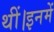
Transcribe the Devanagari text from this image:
थीं।इनमें